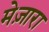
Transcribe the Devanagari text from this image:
मेज़ारा